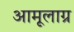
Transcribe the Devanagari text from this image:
अामूलाग्र